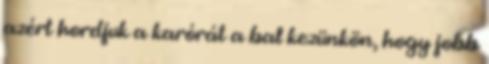
azért hordjuk a karórát a bal kezünkön, hogy jobb